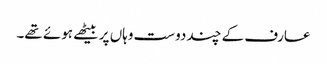
عارف کے چند دوست وہاں پر بیٹھے ہوئے تھے۔